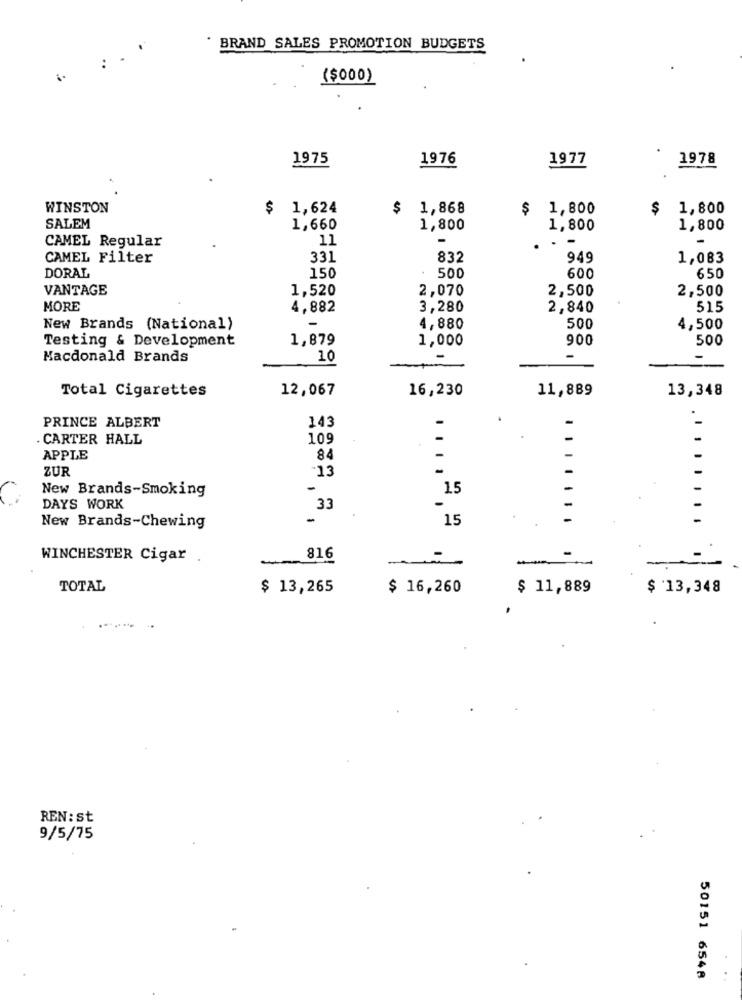
BRAND SALES PROMOTION BUDGETS
($000)
1975
1976
1977
1978
WINSTON
$ 1,624
$ 1,868
$ 1,800
$ 1,800
SALEM
1,660
1,800
1,800
1,800
CAMEL Regular
11
CAMEL Filter
331
832
949
1,083
DORAL
150
500
650
600
VANTAGE
1,520
2,070
2,500
2,500
MORE
4,882
3,280
2,840
515
New Brands (National)
4,880
500
4,500
Testing & Development
1,879
1,000
900
500
Macdonald Brands
10
Total Cigarettes
12,067
16,230
11,889
13,348
PRINCE ALBERT
143
. CARTER HALL
109
-
APPLE
84
ZUR
"13
New Brands-Smoking
15
DAYS WORK
33
15
New Brands-Chewing
WINCHESTER Cigar
816
--
TOTAL
$ 13,265
$ 16,260
$ 11,889
$ 13,348
REN: st
9/5/75
50151 6548